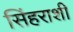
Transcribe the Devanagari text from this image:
सिंहराशी